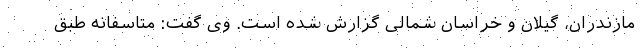
مازندران، گیلان و خراسان شمالی گزارش شده است. وی گفت: متاسفانه طبق